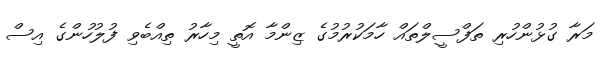
މަރާ ގުޅުންހުރި ތަފްސީލްތައް ހާމަކުރުމުގެ ޒިންމާ އޮތީ މިހާރު ތިއްބެވި ފުލުހުންގެ އިސް